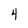
Character: 4